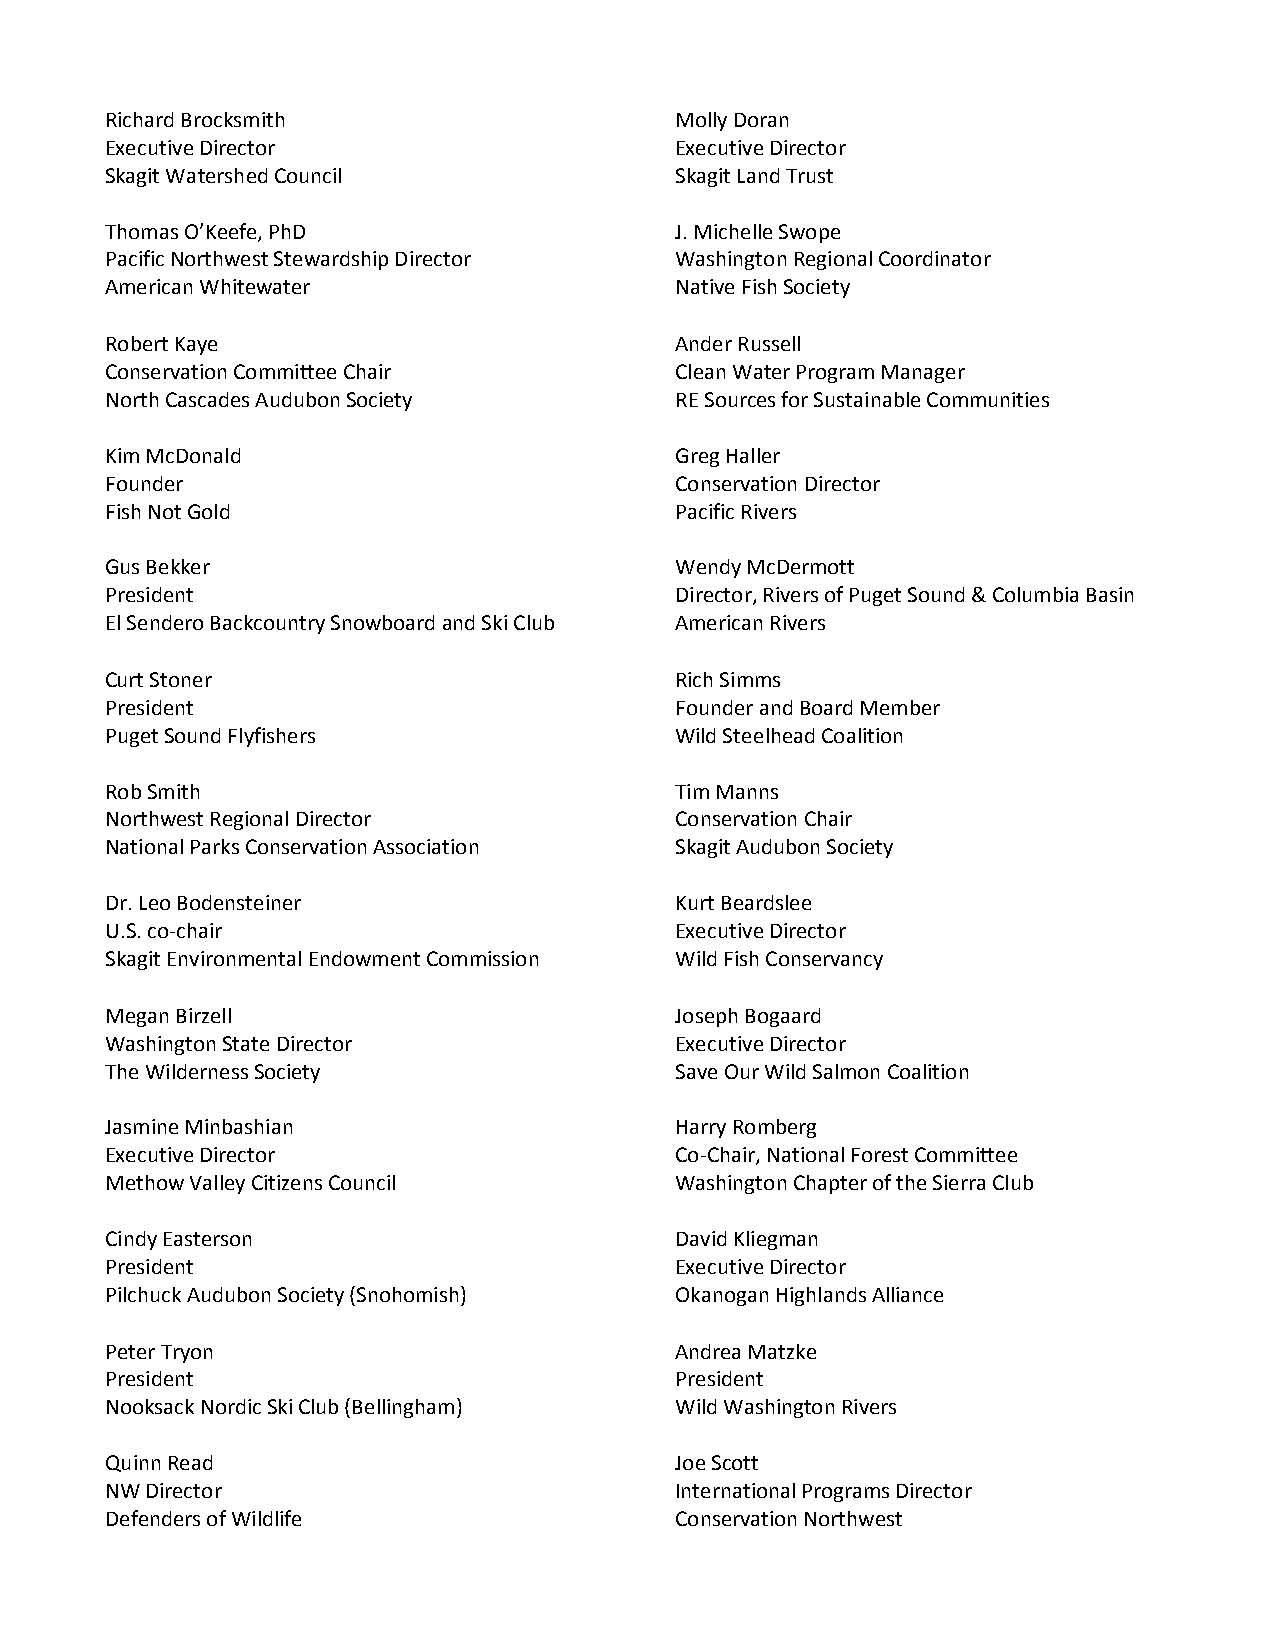
Richard Brocksmith                    Molly Doran
 Executive Director                    Executive Director
 Skagit Watershed Council              Skagit Land Trust
 Thomas O’Keefe, PhD                   J. Michelle Swope
 Pacific Northwest Stewardship Director Washington Regional Coordinator
 American Whitewater                   Native Fish Society
 Robert Kaye                           Ander Russell
 Conservation Committee Chair          Clean Water Program Manager
 North Cascades Audubon Society        RE Sources for Sustainable Communities
 Kim McDonald                          Greg Haller
 Founder                               Conservation Director
 Fish Not Gold                         Pacific Rivers
 Gus Bekker                            Wendy McDermott
 President                             Director, Rivers of Puget Sound & Columbia Basin
 El Sendero Backcountry Snowboard and Ski Club American Rivers
 Curt Stoner                           Rich Simms
 President                             Founder and Board Member
 Puget Sound Flyfishers                Wild Steelhead Coalition
 Rob Smith                             Tim Manns
 Northwest Regional Director           Conservation Chair
 National Parks Conservation Association Skagit Audubon Society
 Dr. Leo Bodensteiner                  Kurt Beardslee
 U.S. co-chair                         Executive Director
 Skagit Environmental Endowment Commission Wild Fish Conservancy
 Megan Birzell                         Joseph Bogaard
 Washington State Director             Executive Director
 The Wilderness Society                Save Our Wild Salmon Coalition
 Jasmine Minbashian                    Harry Romberg
 Executive Director                    Co-Chair, National Forest Committee
 Methow Valley Citizens Council        Washington Chapter of the Sierra Club
 Cindy Easterson                       David Kliegman
 President                             Executive Director
 Pilchuck Audubon Society (Snohomish)  Okanogan Highlands Alliance
 Peter Tryon                           Andrea Matzke
 President                             President
 Nooksack Nordic Ski Club (Bellingham) Wild Washington Rivers
 Quinn Read                            Joe Scott
 NW Director                           International Programs Director
 Defenders of Wildlife                 Conservation Northwest